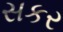
સકર